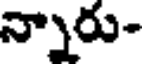
న్నారు-